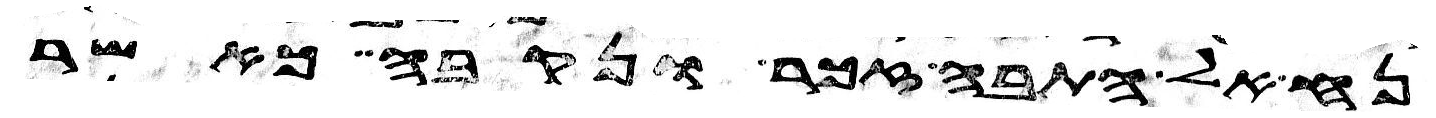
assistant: נח אל התבה זכר ונקבה כאשר